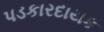
પડકારદાયક